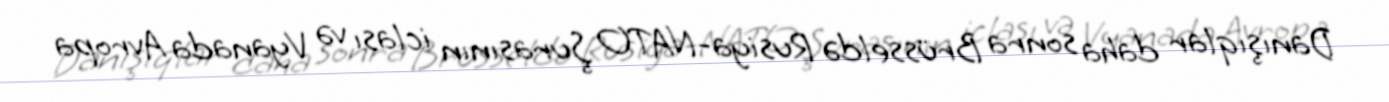
Danışıqlar daha sonra Brüsseldə Rusiya-NATO Şurasının iclası və Vyanada Avropa